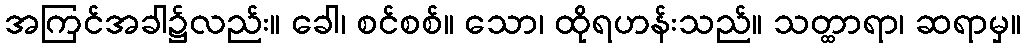
အကြင်အခါ၌လည်း။ ခေါ၊ စင်စစ်။ သော၊ ထိုရဟန်းသည်။ သတ္ထာရာ၊ ဆရာမှ။